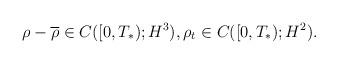
LaTeX: \begin{align*}& \rho-\overline{\rho}\in C([0,T_*);H^3), \rho_t \in C([0,T_*);H^2).\end{align*}